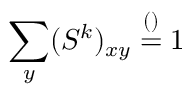
\sum _ { y } ( S ^ { k } ) _ { x y } \overset { \footnotesize ( ) } { = } 1